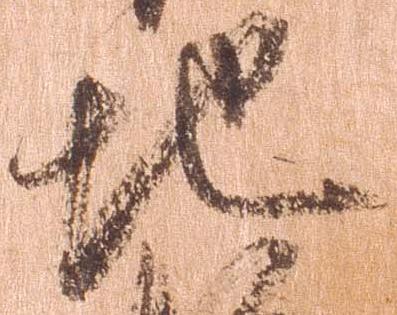
地